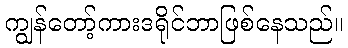
ကျွန်တော့်ကားဒရိုင်ဘာဖြစ်နေသည်။